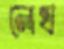
লেখ